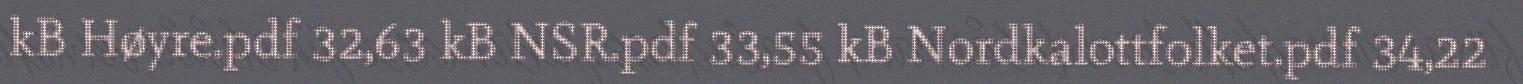
kB Høyre.pdf 32,63 kB NSR.pdf 33,55 kB Nordkalottfolket.pdf 34,22